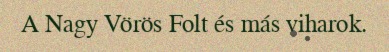
A Nagy Vörös Folt és más viharok.